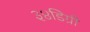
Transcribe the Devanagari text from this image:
३४डिग्री